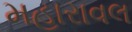
મહારાવલ